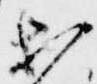
等